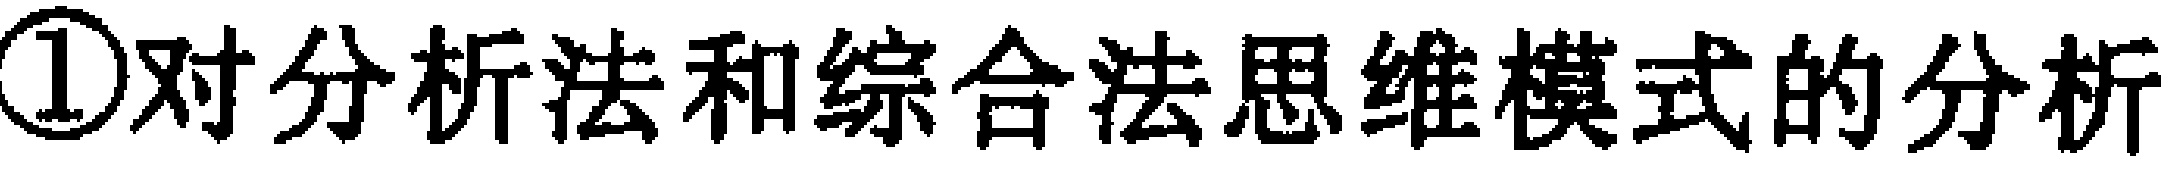
\textcircled{1}对分析法和综合法思维模式的分析